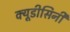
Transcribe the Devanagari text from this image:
क्यूडीसिनी